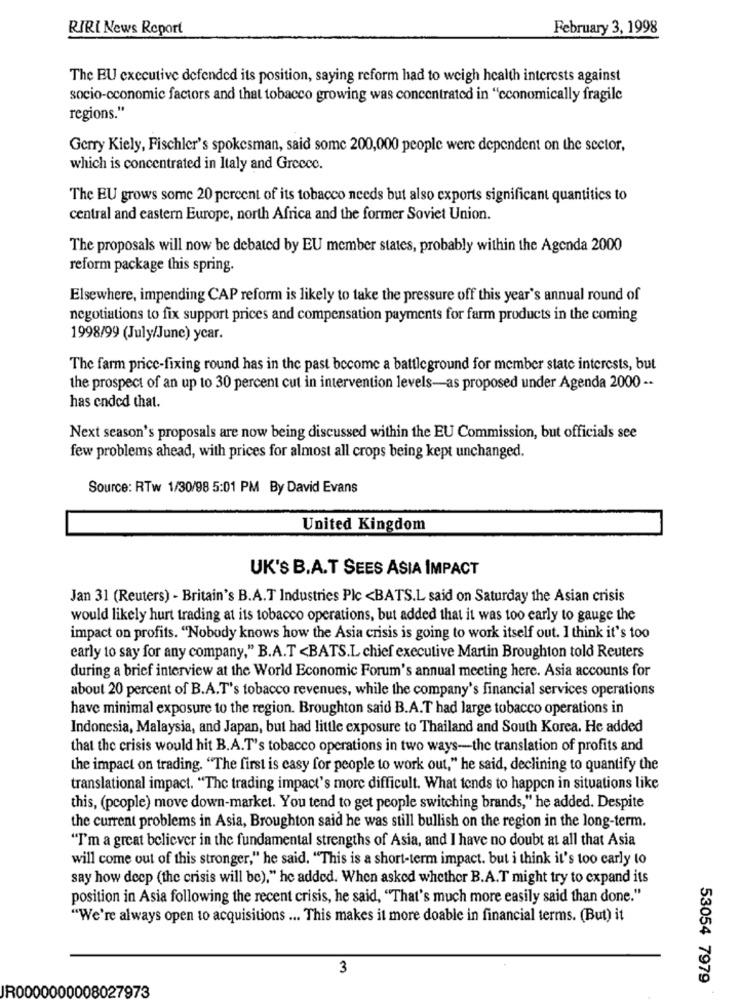
RIRI News Report
February 3, 1998
The EU executive defended its position, saying reform had to weigh health interests against
socio-economic factors and that tobacco growing was concentrated in "economically fragile
regions."
Gerry Kiely, Fischler's spokesman, said some 200,000 people were dependent on the sector,
which is concentrated in Italy and Greece.
The EU grows some 20 percent of its tobacco needs but also exports significant quantities to
central and eastern Europe, north Africa and the former Soviet Union.
The proposals will now be debated by EU member states, probably within the Agenda 2000
reform package this spring.
Elsewhere, impending CAP reform is likely to take the pressure off this year's annual round of
negotiations to fix support prices and compensation payments for farm products in the coming
1998/99 (July/June) ycar.
The farm price-fixing round has in the past become a battleground for member state interests, but
the prospect of an up to 30 percent cut in intervention levels-as proposed under Agenda 2000 --
has ended that.
Next season's proposals are now being discussed within the EU Commission, but officials see
few problems ahead, with prices for almost all crops being kept unchanged.
Source: RTw 1/30/98 5:01 PM By David Evans
United Kingdom
UK'S B.A.T SEES ASIA IMPACT
Jan 31 (Reuters) - Britain's B.A.T Industries Plc <BATS.L said on Saturday the Asian crisis
would likely hurt trading at its tobacco operations, but added that it was too early to gauge the
impact on profits. "Nobody knows how the Asia crisis is going to work itself out. I think it's too
early to say for any company," B.A.T <BATS.L chief executive Martin Broughton told Reuters
during a brief interview at the World Economic Forum's annual meeting here. Asia accounts for
about 20 percent of B.A.T's tobacco revenues, while the company's financial services operations
have minimal exposure to the region. Broughton said B.A.T had large tobacco operations in
Indonesia, Malaysia, and Japan, but had little exposure to Thailand and South Korea. He added
that the crisis would hit B.A.T's tobacco operations in two ways-the translation of profits and
the impact on trading. "The first is casy for people to work out," he said, declining to quantify the
translational impact. "The trading impact's more difficult. What tends to happen in situations like
this, (people) move down-market. You tend to get people switching brands," he added. Despite
the current problems in Asia, Broughton said he was still bullish on the region in the long-term.
"I'm a great believer in the fundamental strengths of Asia, and I have no doubt at all that Asia
will come out of this stronger," he said. "This is a short-term impact. but i think it's too early to
say how deep (the crisis will be)," he added. When asked whether B.A.T might try to expand its
position in Asia following the recent crisis, he said, "That's much more easily said than done."
"We're always open to acquisitions ... This makes it more doable in financial terms. (But) it
3
53054 7979
R0000000008027973